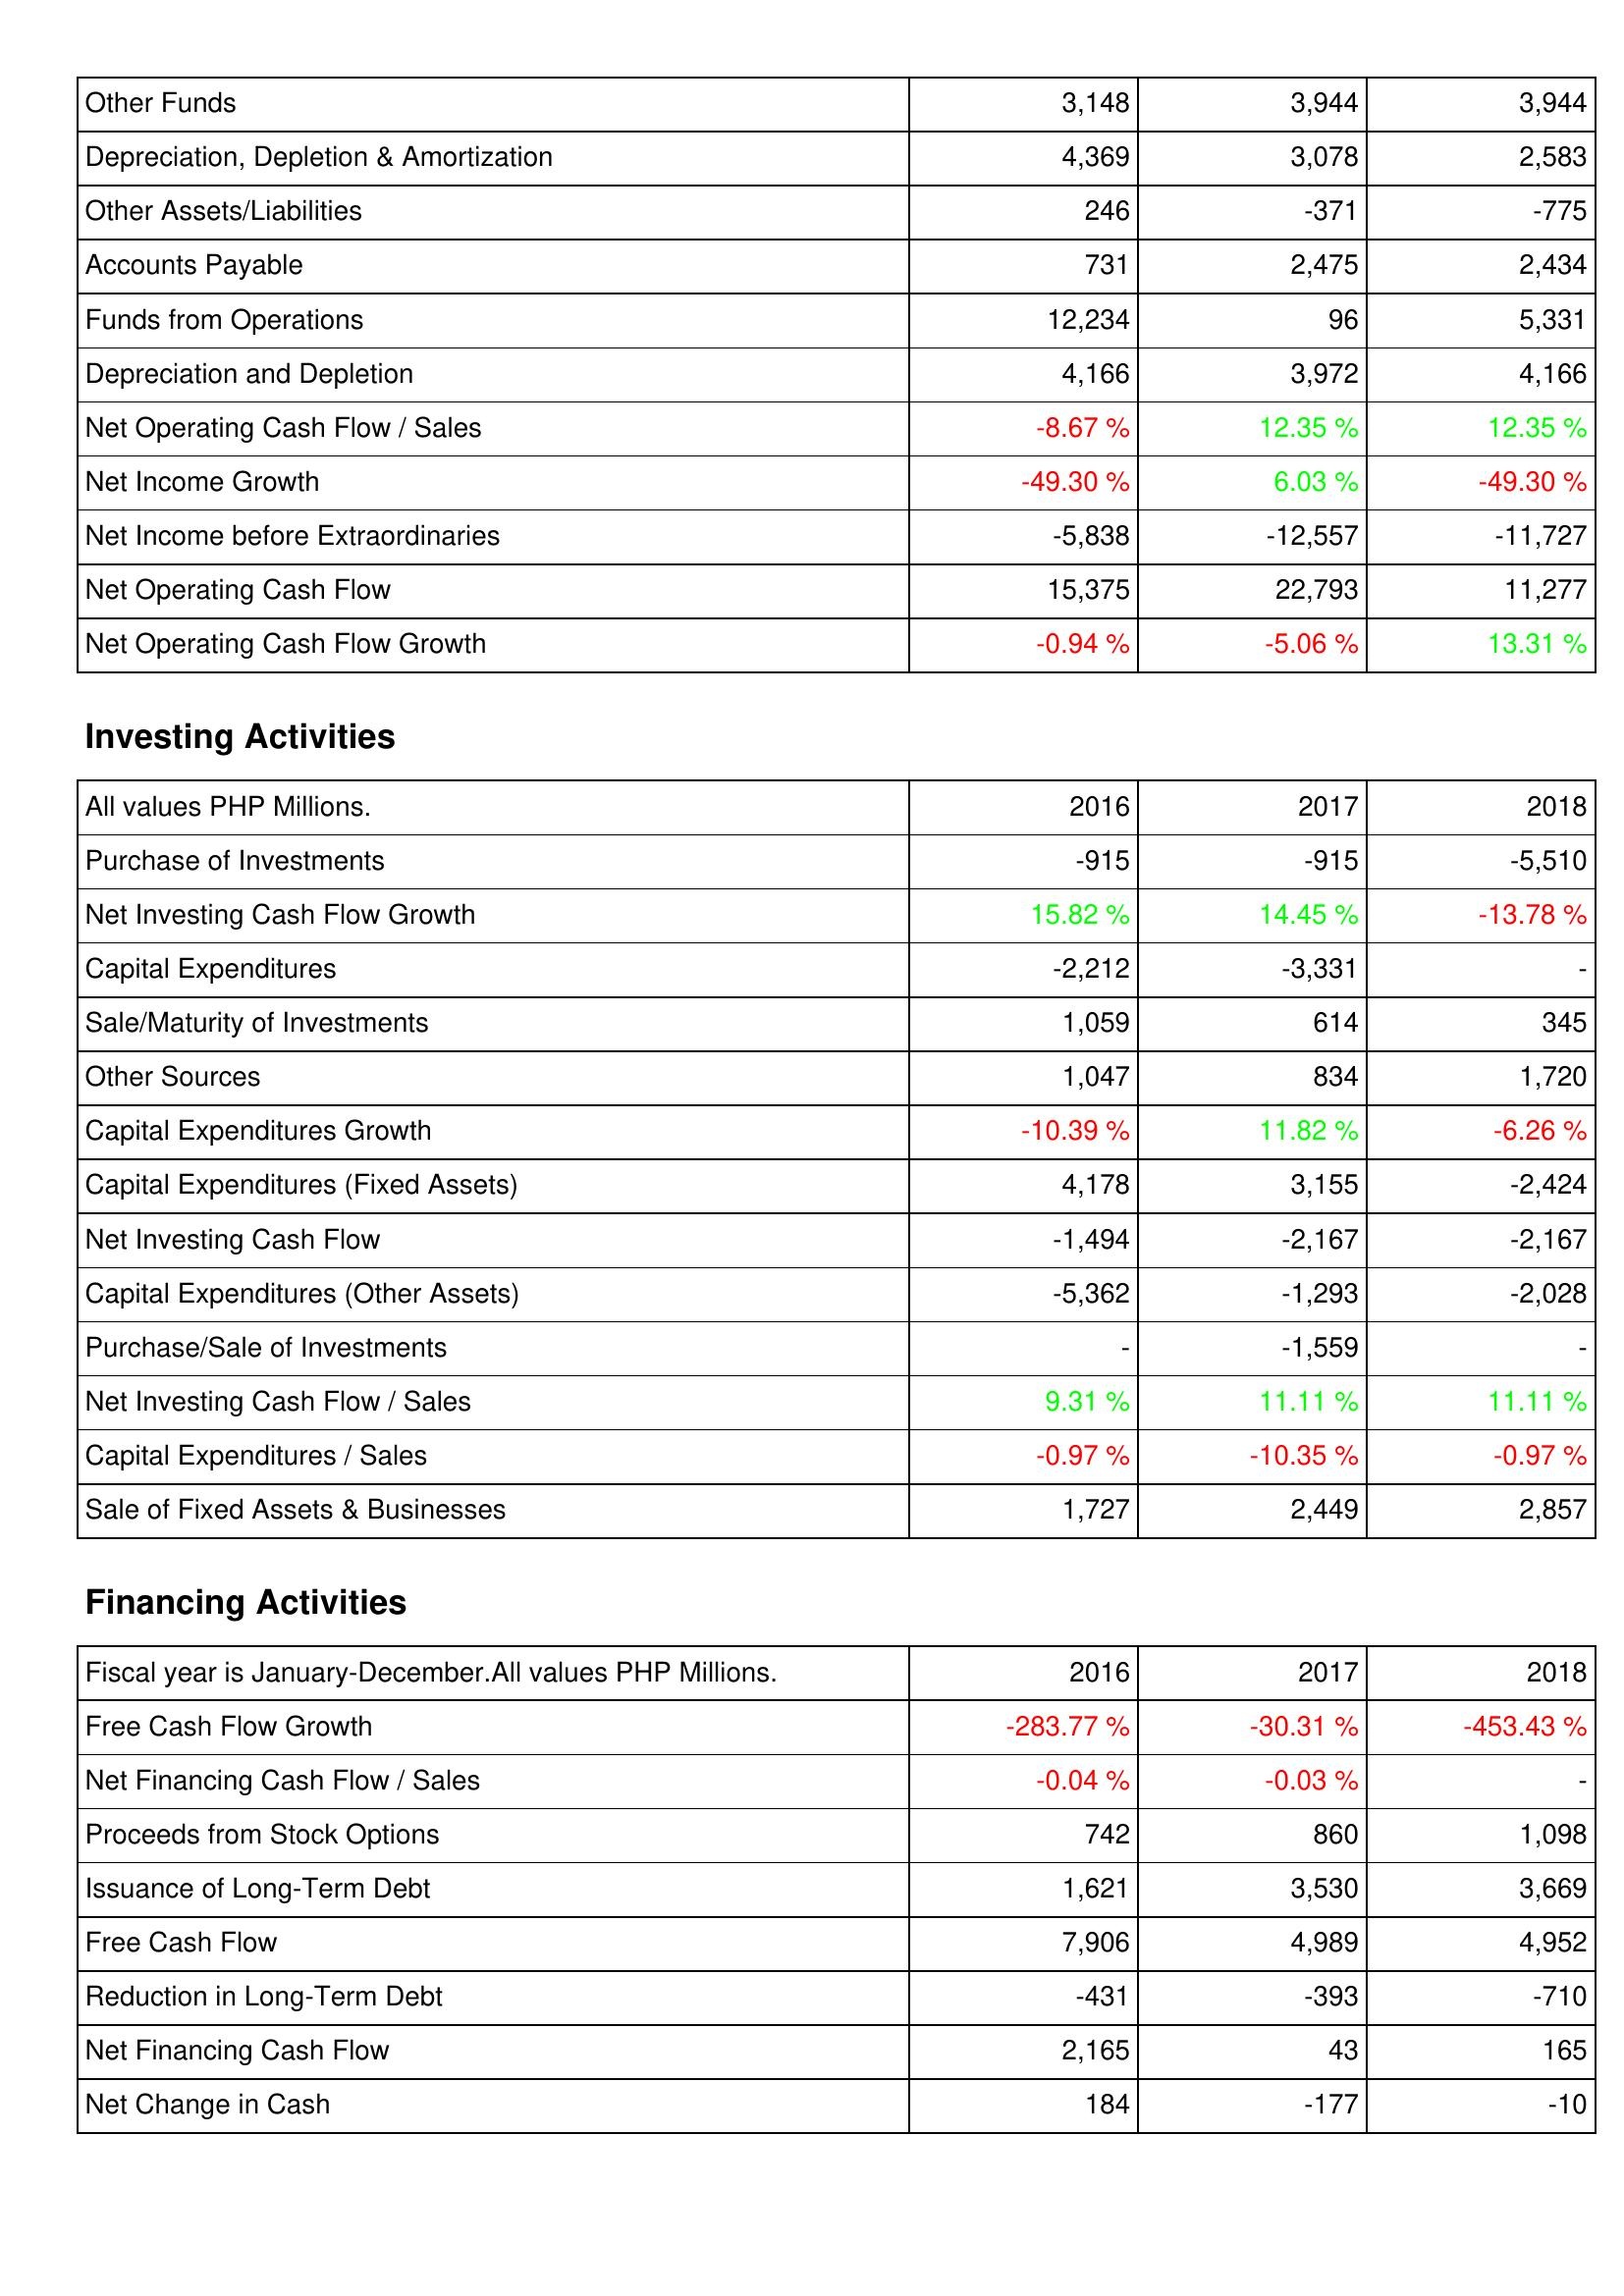
2016: Operating Activities: Other Funds: 3,148
Depreciation, Depletion & Amortization: 4,369
Other Assets/Liabilities: 246
Accounts Payable: 731
Funds from Operations: 12,234
Depreciation and Depletion: 4,166
Net Operating Cash Flow / Sales: -8.67 %
Net Income Growth: -49.30 %
Net Income before Extraordinaries: -5,838
Net Operating Cash Flow: 15,375
Net Operating Cash Flow Growth: -0.94 %
Investing Activities: Purchase of Investments: -915
Net Investing Cash Flow Growth: 15.82 %
Capital Expenditures: -2,212
Sale/Maturity of Investments: 1,059
Other Sources: 1,047
Capital Expenditures Growth: -10.39 %
Capital Expenditures (Fixed Assets): 4,178
Net Investing Cash Flow: -1,494
Capital Expenditures (Other Assets): -5,362
Purchase/Sale of Investments: -
Net Investing Cash Flow / Sales: 9.31 %
Capital Expenditures / Sales: -0.97 %
Sale of Fixed Assets & Businesses: 1,727
Financing Activities: Free Cash Flow Growth: -283.77 %
Net Financing Cash Flow / Sales: -0.04 %
Proceeds from Stock Options: 742
Issuance of Long-Term Debt: 1,621
Free Cash Flow: 7,906
Reduction in Long-Term Debt: -431
Net Financing Cash Flow: 2,165
Net Change in Cash: 184
2017: Operating Activities: Other Funds: 3,944
Depreciation, Depletion & Amortization: 3,078
Other Assets/Liabilities: -371
Accounts Payable: 2,475
Funds from Operations: 96
Depreciation and Depletion: 3,972
Net Operating Cash Flow / Sales: 12.35 %
Net Income Growth: 6.03 %
Net Income before Extraordinaries: -12,557
Net Operating Cash Flow: 22,793
Net Operating Cash Flow Growth: -5.06 %
Investing Activities: Purchase of Investments: -915
Net Investing Cash Flow Growth: 14.45 %
Capital Expenditures: -3,331
Sale/Maturity of Investments: 614
Other Sources: 834
Capital Expenditures Growth: 11.82 %
Capital Expenditures (Fixed Assets): 3,155
Net Investing Cash Flow: -2,167
Capital Expenditures (Other Assets): -1,293
Purchase/Sale of Investments: -1,559
Net Investing Cash Flow / Sales: 11.11 %
Capital Expenditures / Sales: -10.35 %
Sale of Fixed Assets & Businesses: 2,449
Financing Activities: Free Cash Flow Growth: -30.31 %
Net Financing Cash Flow / Sales: -0.03 %
Proceeds from Stock Options: 860
Issuance of Long-Term Debt: 3,530
Free Cash Flow: 4,989
Reduction in Long-Term Debt: -393
Net Financing Cash Flow: 43
Net Change in Cash: -177
2018: Operating Activities: Other Funds: 3,944
Depreciation, Depletion & Amortization: 2,583
Other Assets/Liabilities: -775
Accounts Payable: 2,434
Funds from Operations: 5,331
Depreciation and Depletion: 4,166
Net Operating Cash Flow / Sales: 12.35 %
Net Income Growth: -49.30 %
Net Income before Extraordinaries: -11,727
Net Operating Cash Flow: 11,277
Net Operating Cash Flow Growth: 13.31 %
Investing Activities: Purchase of Investments: -5,510
Net Investing Cash Flow Growth: -13.78 %
Capital Expenditures: -
Sale/Maturity of Investments: 345
Other Sources: 1,720
Capital Expenditures Growth: -6.26 %
Capital Expenditures (Fixed Assets): -2,424
Net Investing Cash Flow: -2,167
Capital Expenditures (Other Assets): -2,028
Purchase/Sale of Investments: -
Net Investing Cash Flow / Sales: 11.11 %
Capital Expenditures / Sales: -0.97 %
Sale of Fixed Assets & Businesses: 2,857
Financing Activities: Free Cash Flow Growth: -453.43 %
Net Financing Cash Flow / Sales: -
Proceeds from Stock Options: 1,098
Issuance of Long-Term Debt: 3,669
Free Cash Flow: 4,952
Reduction in Long-Term Debt: -710
Net Financing Cash Flow: 165
Net Change in Cash: -10